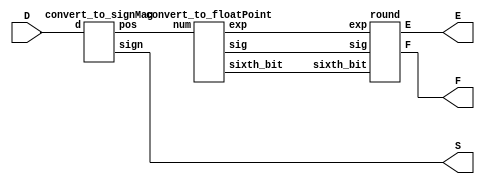
`timescale 1ns / 1ps
//////////////////////////////////////////////////////////////////////////////////
// Company: 
// 
// Design Name: 
// Module Name:    FPCVT 
// Project Name: 
// Target Devices: 
// Tool versions: 
// Description: 
//
// Dependencies: 
//
// Revision: 
// Revision 0.01 - File Created
// Additional Comments: 
//
//////////////////////////////////////////////////////////////////////////////////
module FPCVT(
    input [12:0] D,
    output S,
    output [2:0] E,
    output [4:0] F
    );
	wire [12:0] num;
	wire [2:0] exp;
	wire [4:0] sig;
	wire sixth_bit;
	
	convert_to_signMag c1(
		.d(D), .sign(S), .pos(num)
		); // handles S
	
	convert_to_floatPoint f1(
		.num(num), .exp(exp), .sig(sig), .sixth_bit(sixth_bit)
		);
		
	round r1(
		.exp(exp), .sig(sig), .sixth_bit(sixth_bit), .E(E), .F(F)
		); // handles E and F
	
endmodule

module convert_to_signMag(
	input [12:0] d,
	output sign,
	output reg [12:0] pos
	);
	
	assign sign = d[12]; // sign just passes through 
	
	// convert negative numbers to positive
	// handle most negative number in special way 
	always @(d) 
		begin
		if (d == 13'b1_0000_0000_0000)
			pos = 13'b0_1111_1111_1111;
		else if (d[12] == 1)
			pos = -d;
		else
			pos = d;
		end
endmodule

module convert_to_floatPoint(
	input [12:0] num,
	output reg [2:0] exp,
	output reg [4:0] sig,
	output reg sixth_bit
	);
	
	reg [12:0] temp;
	
	// priority encoder to count leading 0's
	always @(num) 
		begin
		temp = 13'bx;
		casex(num[12:0])  
			13'b0_1xxx_xxxx_xxxx : 
				begin // 1 leading 0 = exp 7
				exp = 3'b111;
				temp = num >> 6;
				sig = temp[5:1];
				sixth_bit = temp[0];
				end
			13'b0_01xx_xxxx_xxxx: 
				begin 
				exp = 3'b110;	// 2 " = exp 6
				temp = num >> 5;
				sig = temp[5:1];
				sixth_bit = temp[0];
				end	
			13'b0_001x_xxxx_xxxx: 
				begin 
				exp = 3'b101;	// 3 " = exp 5
				temp = num >> 4;
				sig = temp[5:1];
				sixth_bit = temp[0];
				end	
			13'b0_0001_xxxx_xxxx: 
				begin
				exp = 3'b100;	// 4 " = exp 4
				temp = num >> 3;
				sig = temp[5:1];
				sixth_bit = temp[0];
				end	
			13'b0_0000_1xxx_xxxx: 
				begin 
				exp = 3'b011;	// 5 " = exp 3
				temp = num >> 2;
				sig = temp[5:1];
				sixth_bit = temp[0];
			 	end 	
			13'b0_0000_01xx_xxxx: 
				begin 
				exp = 3'b010;	// 6 " = exp 2
				temp = num >> 1;
				sig = temp[5:1];
				sixth_bit = temp[0];
				end	
			13'b0_0000_001x_xxxx: 
				begin 
				exp = 3'b001;	// 7 " = exp 1
				sig = num[5:1];
				sixth_bit = num[0];
			        end
			default:
				begin 
				exp = 3'b000;	// 8+ " = exp 0 
				sig = num[4:0];
				sixth_bit = 0;
				end
			endcase
		end	
endmodule

module round(
    input [2:0] exp,
    input [4:0] sig,
    input [0:0] sixth_bit,
    output reg [2:0] E,
    output reg [4:0] F
    );
	 
	 always @(*) begin
		if (sixth_bit == 1) 
			begin
			if (sig < 5'b1_1111) 
				begin // no sig overflow
				E = exp;
				F = sig + 1;
				end
			else 
				begin // sig overflow
				if (exp < 3'b111) 
					begin // no exp overflow
					E = exp + 1;
					F = 5'b1_0000;
					end
				else 
					begin // exp overflow
					E = 3'b111;
					F = 5'b1_1111;
					end
				end
			end
		else 
			begin // no need for rounding
			E = exp;
			F = sig;
			end
	 	end
endmodule